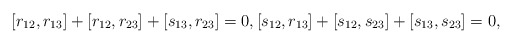
\begin{align*}[r_{12},r_{13}] + [r_{12},r_{23}] +[s_{13},r_{23}] = 0, [s_{12},r_{13}] + [s_{12},s_{23}] +[s_{13},s_{23}] = 0, \end{align*}